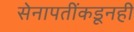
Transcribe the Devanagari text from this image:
सेनापतींकडूनही